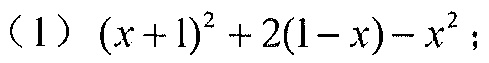
（1）\((x + 1)^{2}+2(1 - x)-x^{2}\)；